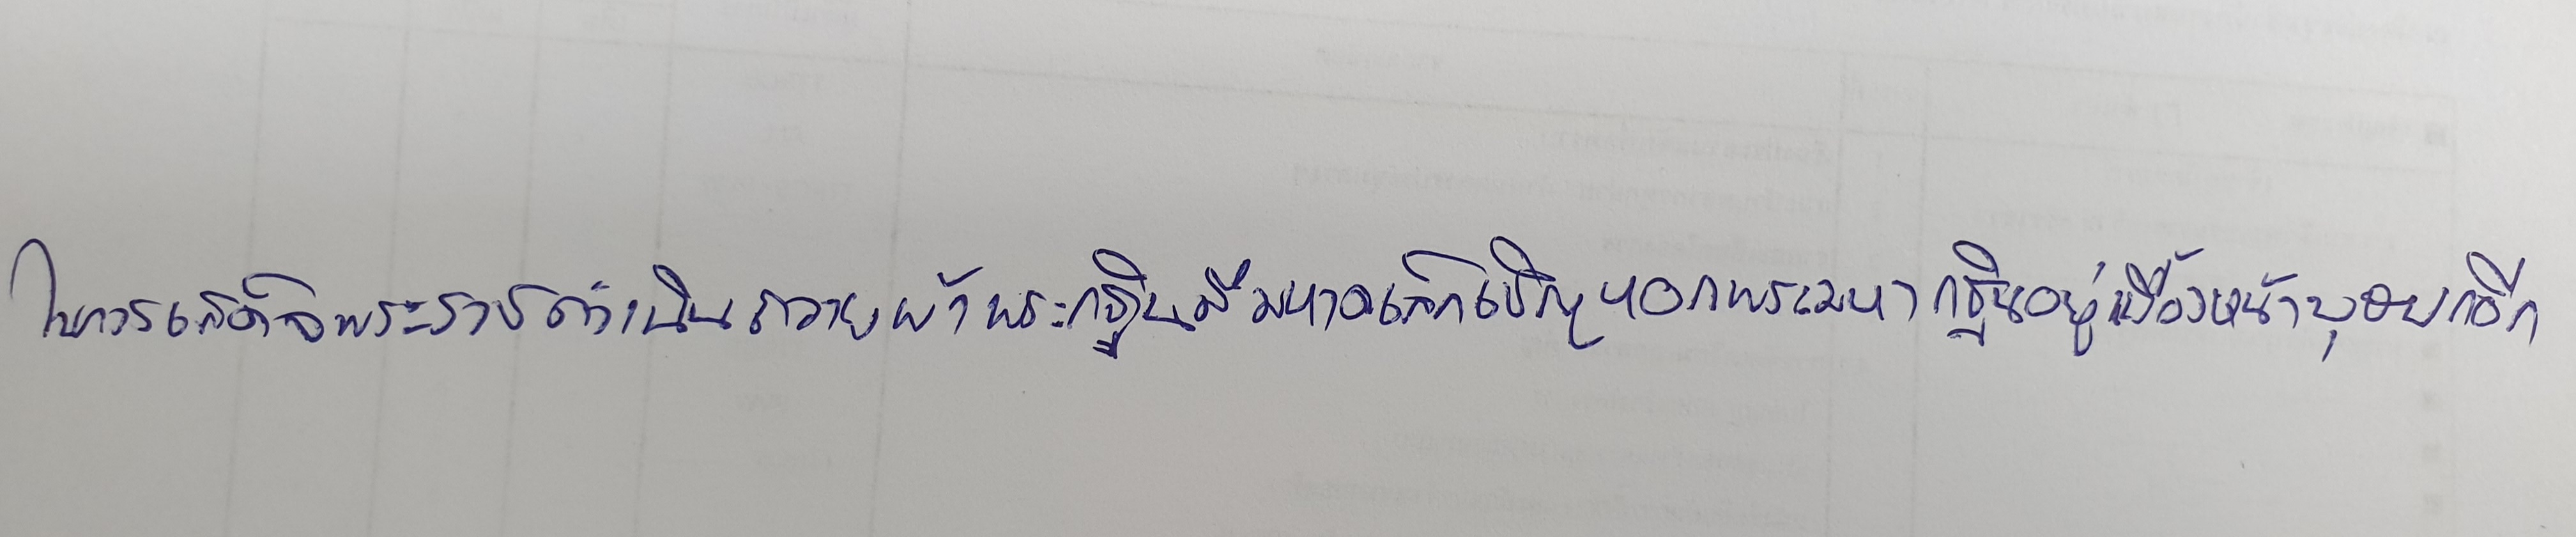
ในการเสด็จพระราชดำเนินถวายผ้าพระกฐินมีมหาดเล็กเชิญหอกพระมหากฐินอยู่เบื้องหน้าบุษบกอีก